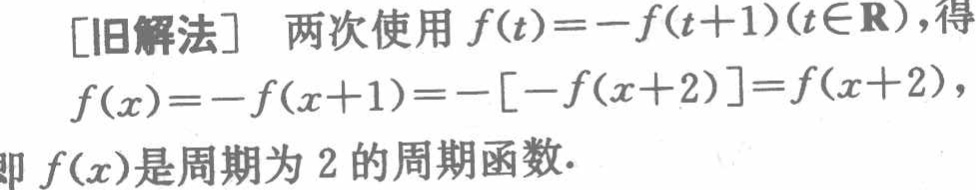
[旧解法] 两次使用 \(f(t)=-f(t + 1)(t\in\mathbf{R})\)，得

\(f(x)=-f(x + 1)=-[-f(x + 2)]=f(x + 2)\)，

即 \(f(x)\)是周期为 \(2\) 的周期函数.